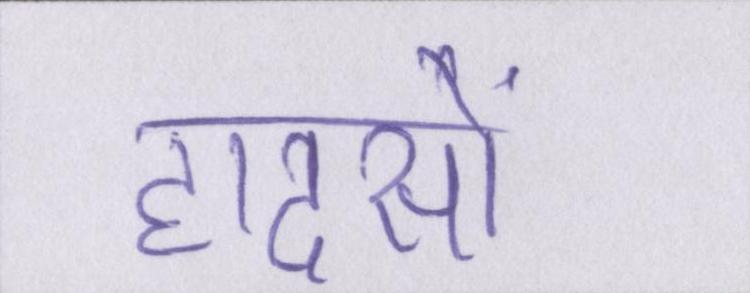
हादसों